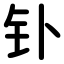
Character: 钋